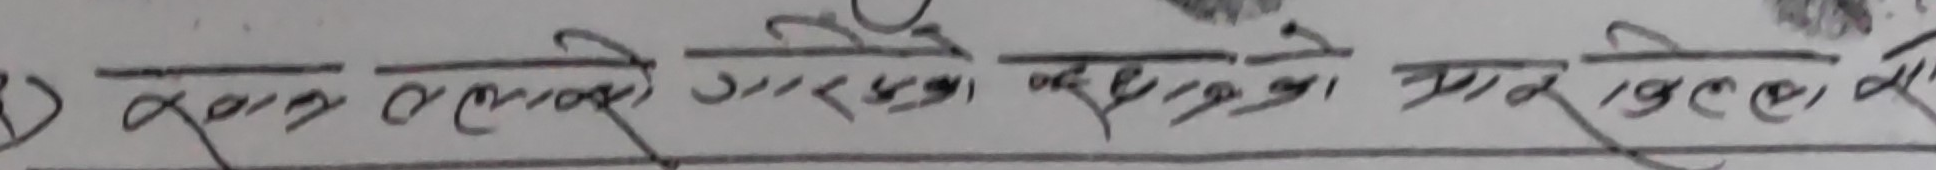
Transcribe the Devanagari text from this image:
महाराजमा गरेको अथवा बढ्ने घट्ने मात्रा लेख्ने